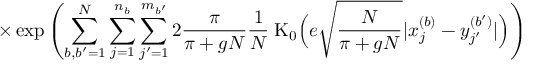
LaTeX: \times \exp \left( \sum _ { b , b ^ { \prime } = 1 } ^ { N } \sum _ { j = 1 } ^ { n _ { b } } \sum _ { j ^ { \prime } = 1 } ^ { m _ { b ^ { \prime } } } 2 \frac { \pi } { \pi + g N } \frac { 1 } { N } \; \mathrm { K } _ { 0 } \Big ( e \sqrt { \frac { N } { \pi + g N } } | x _ { j } ^ { ( b ) } - y _ { j ^ { \prime } } ^ { ( b ^ { \prime } ) } | \Big ) \right)